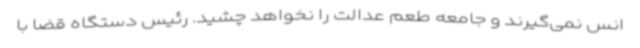
انس نمی‌گیرند و جامعه طعم عدالت را نخواهد چشید. رئیس دستگاه قضا با